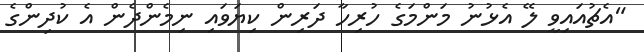
"އެޗުއައިވީ ލޭ އެޅުނު މަންމަގެ ހުރިހާ ދަރިން ކިޔަވައި ނިމެންދެން އެ ކުދިންގެ